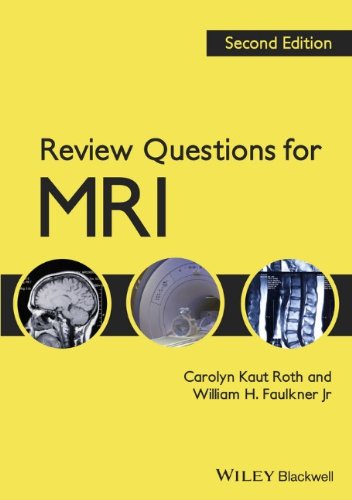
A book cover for Review Questions for MRI; Carolyn Kaut Roth; Engineering & Transportation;